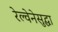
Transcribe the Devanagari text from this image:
रेल्वेनेसुद्धा